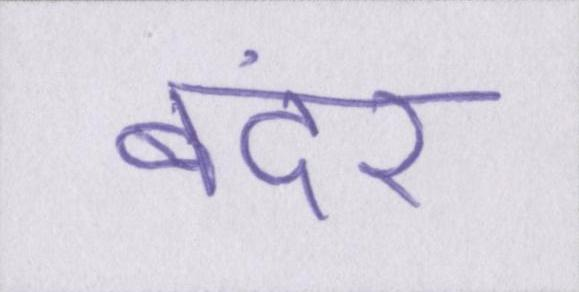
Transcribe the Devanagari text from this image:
बंदर